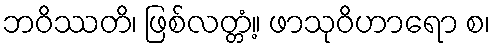
ဘဝိဿတိ၊ ဖြစ်လတ္တံ့။ ဖာသုဝိဟာရော စ၊